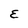
Character: E